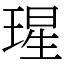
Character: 瑆